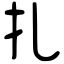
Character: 扎